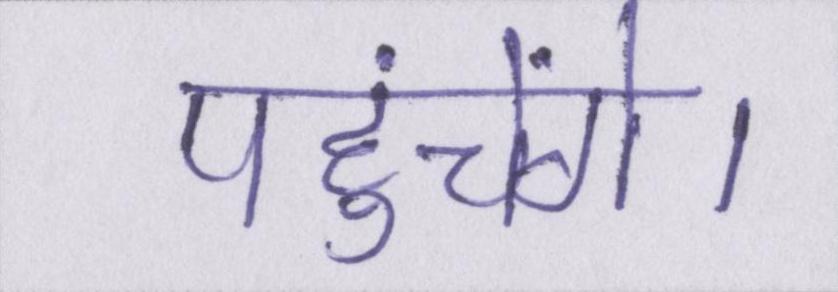
पहुंचेंगे।